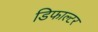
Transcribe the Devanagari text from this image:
डिफाल्टर